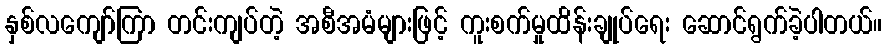
နှစ်လကျော်ကြာ တင်းကျပ်တဲ့ အစီအမံများဖြင့် ကူးစက်မှုထိန်းချုပ်ရေး ဆောင်ရွက်ခဲ့ပါတယ်။